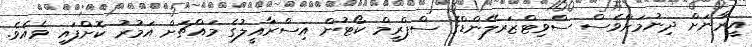
އީރާނަށް ދިނުމަށްވެސް ސްވިޓްޒަރލޭންޑްގެ ސްޕްރީމް ކޯޓުން އިސްރާއީލުގެ މައްޗަށް އަމުރު ކޮށްފައި ވެއެވެ.